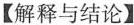
【解释与结论】